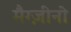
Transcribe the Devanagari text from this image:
मैग्ज़ीनो